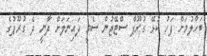
ބަހާލުމަށް ފަހު ކުޅޭ ގުރޫޕް ސްޓޭޖުން ސެމީ ފައިނަލަށް ދާނީ ދެ ގުރޫޕުގެ